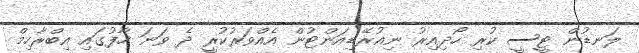
ލަނޑުން ޓީސީ ކުރި ހޯދިއިރު ނިއުރޭޑިއަންޓުން އެއްވަރުކުރީ ދެ ވަނަ ހާފުގައި އިބްރާހިމް